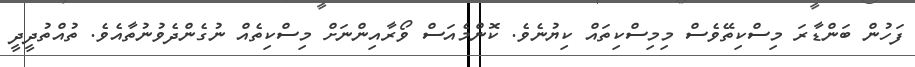
ފަހުން ބަންޑާރަ މިސްކިތޭވެސް މިމިިސްކިތައް ކިޔުނެވެ. ކޮންމެއަސް ވޯރާއިންނަށް މިސްކިތެއް ނުގެންދެވުނުތާއެވެ. ތުއްތުދީދީ